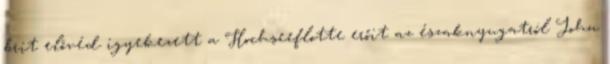
brit elővéd igyekezett a Hochseeflotte erőit az északnyugatról John